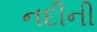
નદીની